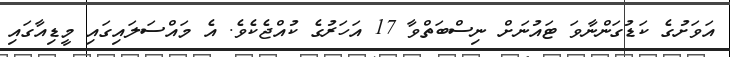
އަވަށުގެ ކަޑުގަންނާވަ ޓައުނަށް ނިސްބަތްވާ 17 އަހަރުގެ ކުއްޖެކެވެ. އެ މައްސަލައިގައި މީޑިއާގައި